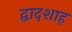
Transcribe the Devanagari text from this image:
द्वादशाह